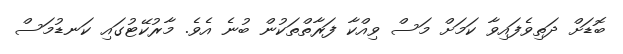
ބޮޑަށް ދަތިވެފައިވާ ކަމަށް މަސް ވިއްކާ ފަރާތްތަކުން ބުނެ އެވެ. މާރުކޭޓުގައި ކަނޑުމަސް